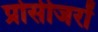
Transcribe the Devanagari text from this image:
प्रोसीजरों